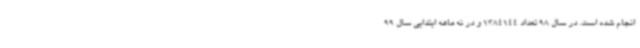
انجام شده است. در سال 98 تعداد 1384144 و در نه ماهه ابتدایی سال 99